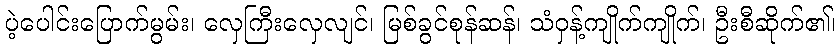
ပဲ့ပေါင်းပြောက်မွမ်း၊ လှေကြီးလှေလျင်၊ မြစ်ခွင်စုန်ဆန်၊ သံဝှန့်ကျိုက်ကျိုက်၊ ဦးစီဆိုက်၏၊